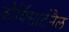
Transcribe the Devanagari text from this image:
कौर्विसार्टनैल